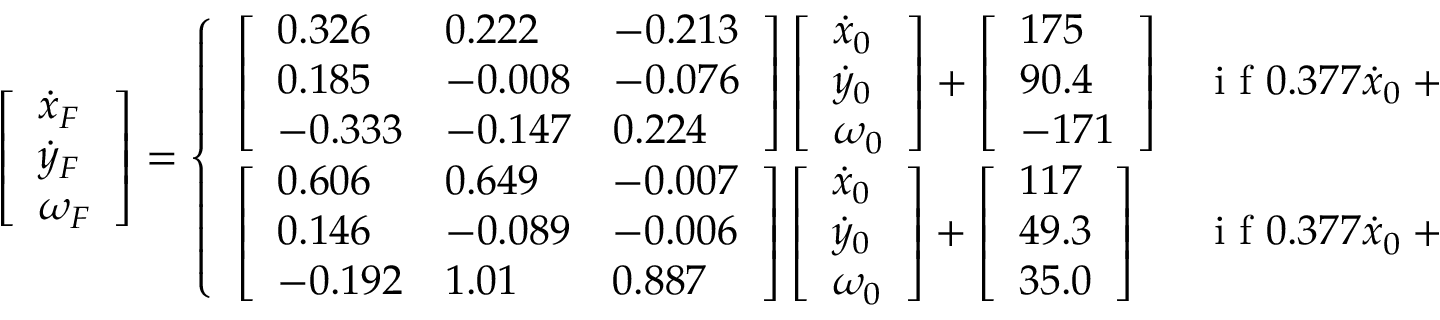
\left[ \begin{array} { l } { \dot { x } _ { F } } \\ { \dot { y } _ { F } } \\ { \omega _ { F } } \end{array} \right] = \left\{ \begin{array} { l l } { \left[ \begin{array} { l l l } { 0 . 3 2 6 } & { 0 . 2 2 2 } & { - 0 . 2 1 3 } \\ { 0 . 1 8 5 } & { - 0 . 0 0 8 } & { - 0 . 0 7 6 } \\ { - 0 . 3 3 3 } & { - 0 . 1 4 7 } & { 0 . 2 2 4 } \end{array} \right] \left[ \begin{array} { l } { \dot { x } _ { 0 } } \\ { \dot { y } _ { 0 } } \\ { \omega _ { 0 } } \end{array} \right] + \left[ \begin{array} { l } { 1 7 5 } \\ { 9 0 . 4 } \\ { - 1 7 1 } \end{array} \right] } & { \mathrm { ~ i ~ f ~ } 0 . 3 7 7 \dot { x } _ { 0 } + 2 . 2 5 \dot { y } _ { 0 } + \omega _ { 0 } < - 4 8 5 } \\ { \left[ \begin{array} { l l l } { 0 . 6 0 6 } & { 0 . 6 4 9 } & { - 0 . 0 0 7 } \\ { 0 . 1 4 6 } & { - 0 . 0 8 9 } & { - 0 . 0 0 6 } \\ { - 0 . 1 9 2 } & { 1 . 0 1 } & { 0 . 8 8 7 } \end{array} \right] \left[ \begin{array} { l } { \dot { x } _ { 0 } } \\ { \dot { y } _ { 0 } } \\ { \omega _ { 0 } } \end{array} \right] + \left[ \begin{array} { l } { 1 1 7 } \\ { 4 9 . 3 } \\ { 3 5 . 0 } \end{array} \right] } & { \mathrm { ~ i ~ f ~ } 0 . 3 7 7 \dot { x } _ { 0 } + 2 . 2 5 \dot { y } _ { 0 } + \omega _ { 0 } > - 4 8 5 . } \end{array} \right.